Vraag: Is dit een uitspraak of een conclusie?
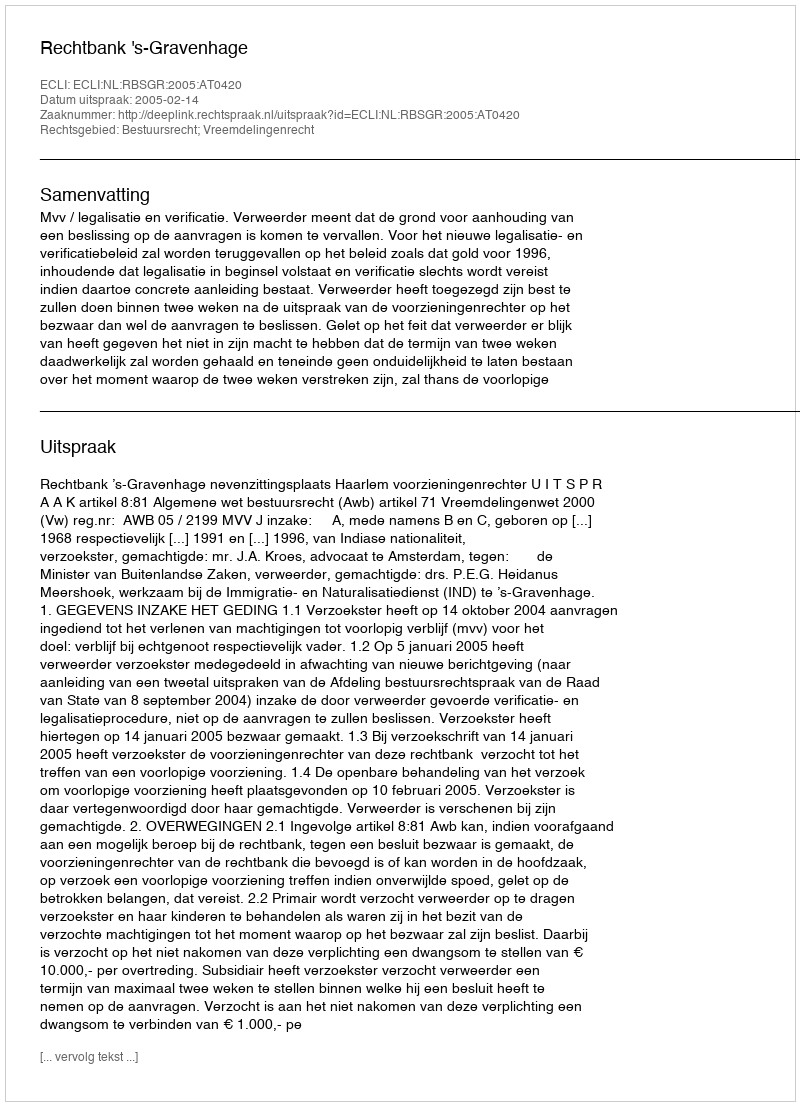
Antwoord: Uitspraak